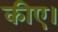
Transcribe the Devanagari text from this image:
कीए।